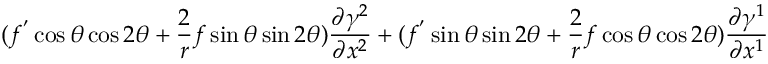
( f ^ { ' } \cos \theta \cos 2 \theta + \frac { 2 } { r } f \sin \theta \sin 2 \theta ) \frac { \partial \gamma ^ { 2 } } { \partial x ^ { 2 } } + ( f ^ { ' } \sin \theta \sin 2 \theta + \frac { 2 } { r } f \cos \theta \cos 2 \theta ) \frac { \partial \gamma ^ { 1 } } { \partial x ^ { 1 } }